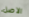
الاصل